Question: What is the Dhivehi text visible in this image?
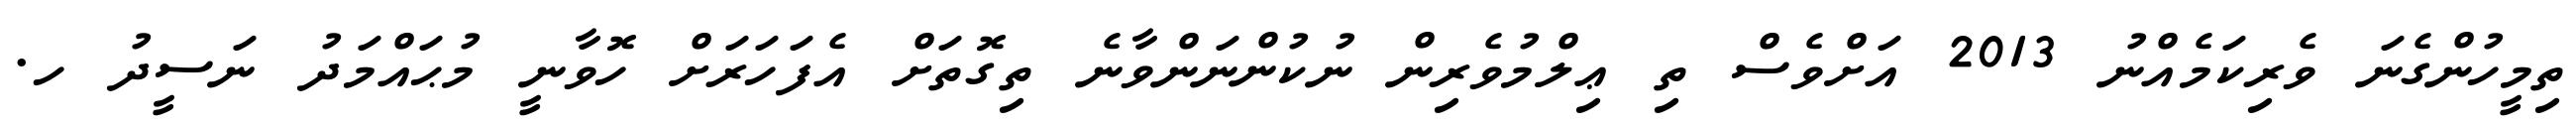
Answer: ތިމީހުންގެނަ ވެރިކަމެއްނު 2013 އަށްވެސް ތި ޢިލްމުވެރިން ނުކުންނަންވާނެ ތިގޮތަށް އެފަހަރަށް ހޮވާނީ މުޙައްމަދު ނަސީދު ހ.